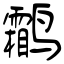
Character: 鹴